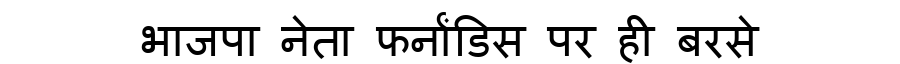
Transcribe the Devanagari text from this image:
भाजपा नेता फर्नांडिस पर ही बरसे